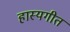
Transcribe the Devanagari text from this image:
हास्यगीत